Annual report on the Civil Veterinary Department, Burma (including the Insein Veterinary School) - 1923-1931
Year: 1923
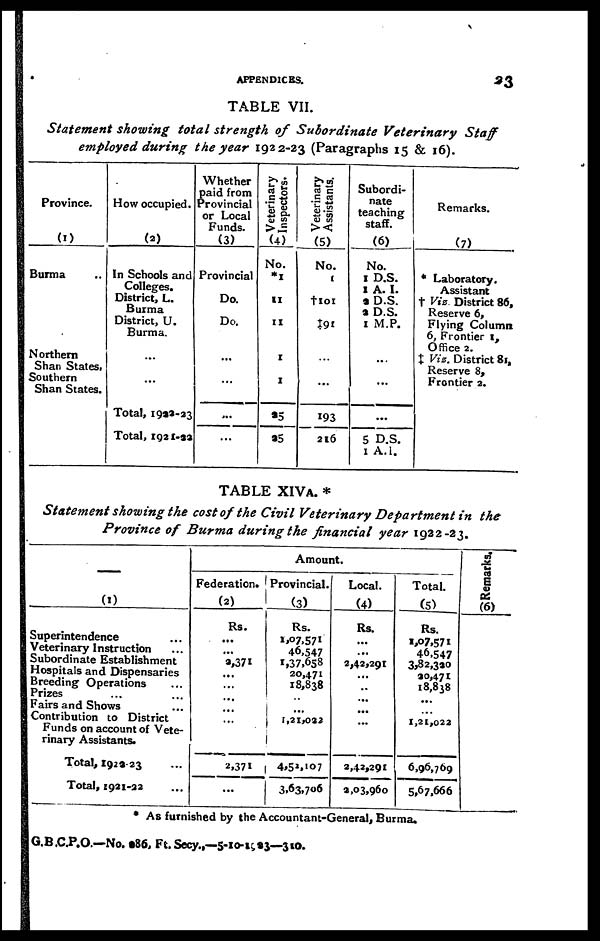
APPENDICES.
23
TABLE VII.
Statement showing total strength of Subordinate Veterinary
Staff
employed during the year 1922-23 (Paragraphs 15 & 16).
Province.
(1)
Burma ..
Northern
Shan States.
Southern
Shan States.
How occupied.
(2)
In Schools and
Colleges.
District, L.
Burma
District, U.
Burma.
...
...
Total, 1999-23
Total, 1921-33
Whether
paid from
Provincial
or Local
Funds.
(3)
Provincial
Do.
Do.
...
...
...
...
Veterinary
Inspectors.
(4)
No.
*1
11
11
1
1
25
95
Veterinary
Assistants.
(5)
No.
1
†101
‡91
...
...
193
216
Subordi-
nate
teaching
staff.
(6)
No.
1 D.S.
I A. I.
2 D.S.
2 D.S.
1 M.P.
...
...
...
5 D.S.
1 A.I.
Remarks.
(7)
* Laboratory.
Assistant
† Viz. District 86,
Reserve 6,
Flying Column
6, Frontier 1,
Office 2.
‡ Vis. District 81,
Reserve 8,
Frontier 2.
TABLE XIVA. *
Statement showing the cost of the Civil Veterinary Department in the
Province of Burma during the financial year 1922-23.
—
(1)
Superintendence ...
Veterinary Instruction ...
Subordinate Establishment
Hospitals and Dispensaries
Breeding Operations ...
Prizes ... ...
Fairs and Shows ...
Contribution to District
Funds on account of Vete-
rinary Assistants.
Total, 1929 23 ...
Total, 2921-22 ...
Amount.
Federation.
(2)
Rs.
...
...
2,371
...
...
...
...
...
...
2,371
...
Provincial.
(3)
Rs.
1,07,571
46,547
1,37,658
20,471
18,838
...
... 1,21,022
...
4,52,107
3,63,706
Local.
(4)
Rs.
...
...
2,42,291
...
..
...
...
...
...
2,42,291
2,03,960
Total.
(5)
Rs.
1,07,571
46,547
3,82,390
90,471
18,838
...
...
1,21,022
...
6,96,769
5,67,666
Remarks.
(6)
* As furnished by the Accountant-General, Burma.
G.B.C.P.O.—No. t86, Ft.Secy.,—5-10-1923—310.